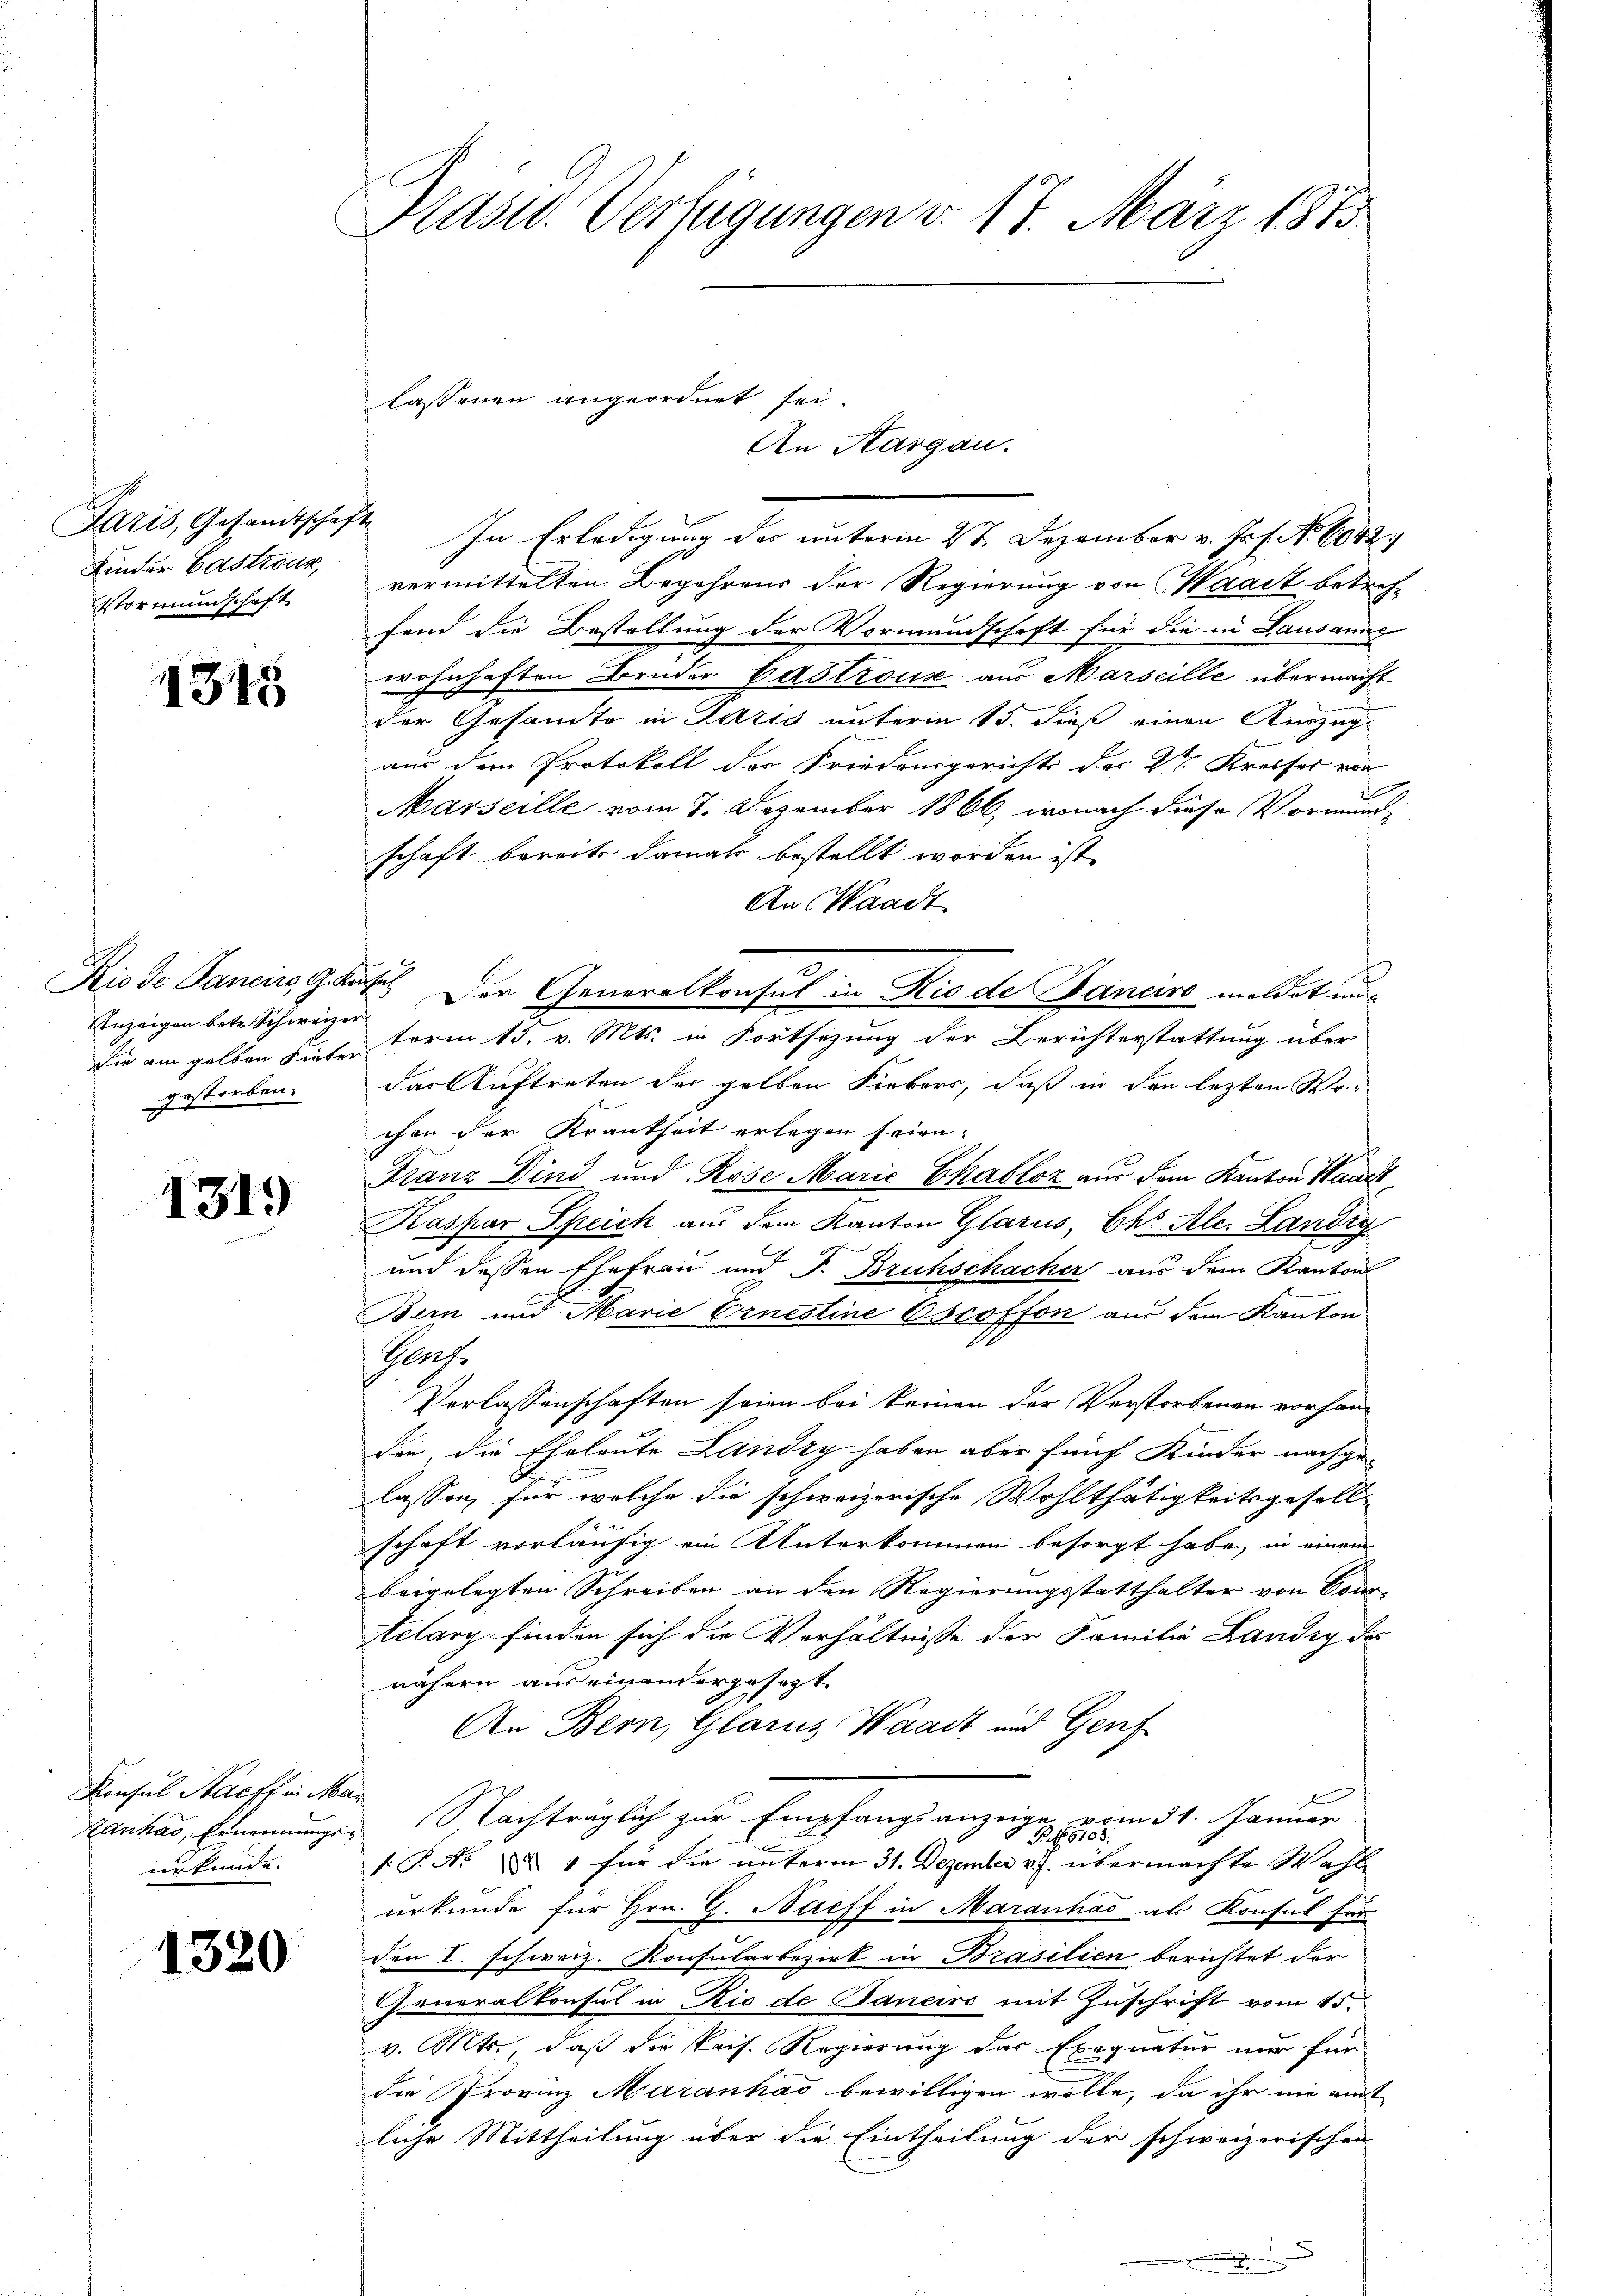
Kinder Castrous
Vormundschaft

1345

Rio de Pancirs, Gekan
Anzeigen betr. Schweizer
sie ain gelben hinter
gestorben.

1319

Konsul Stacff in Mar
Hanhas, Ernennungsurkunde.

1520

Präsid. Verfügungen v. 17. März 1875.

lassenen angeordnet sei.
An Aargau.
Paris, Gesandtschaft In Erledigung der unterm 27. Dezember v. Jos. No. 6042

vermittelten Begehrens der Regierung von Waadt betreffend die Bestellung der Vormundschaft für die in Lausanne
wohnhaften Brüder Castroux aus Marseille übermacht
der Gesamte in Paris unterm 15. dieß einen Kurzug
aus dem Protokoll der Friedensgerichts der Sr. Kreiser von
Marseille vom 7. Dezember 1866, wonach diese Vormund
schaft bereits damals bestellt worden ist.
An Waadt.
term 15. v. Mts. in Fortsezung der Berichterstattung über
das Auftreten der gelben Fiebers, daß in den lezten Wechen der Krankheit erlegen seien.
Franz Dind und Röse Marie Chabloz aus dem Kanton Waadt
Kaspar Speich aus dem Kanton Glarus, Ehr Ale. Landry
und dessen Ehefrau und J. Bruchschacher aus dem Kantons
Bern und Marie Ernestine Oscoffon aus dem Kanton
Glache
Verlassenschaften seien bei keinen der Verstorbenen vorhanden, die Eheleute Landry haben aber fünf Kinder nachge-
lassen, für welche die schweizerische Wohlthätigkeitsgesell-
schaft vorläufig ein Unterkommen besorgt habe, in einem
beigelegten Schreiben an den Regierungsstatthalter von Cons-
telary finden sich die Verhältnisse der Familie Landry der
nähern aus einandergesezt.
An Bern, Glarus Waadt und Genf
Nachträglich zur Empfangsanzeige vom 31. Januar
d
B6183.
/. P. Nr. 4 für die unterm 31. Dezember v. J. übermachte Wahle
urkunde für Hrn. G. Nachf in Maranhać als Konsul für
den I. schweiz. Konsularbezirk in Brasilien berichtet der
Generalkonsul in Rio de Janeiro mit Zuschrift vom 15.
v. Mts., daß die kais. Regierung das Exequatur nur für
die Provinz Maranhás bewilligen wolle, da ihr nie amt
liche Mittheilung über die Eintheilung der schweizerischen

sus. Der Generalkonsul in Rio de Banciro meldet und